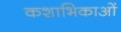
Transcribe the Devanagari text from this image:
कशाभिकाओं